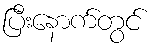
ပြီးနောက်တွင်